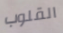
القلوب